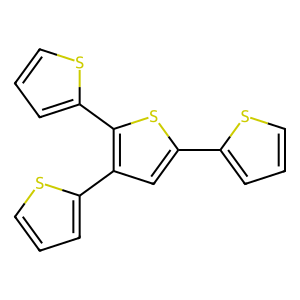
SMILES: c1csc(-c2cc(-c3cccs3)c(-c3cccs3)s2)c1
Inhibits HIV replication: No